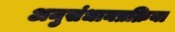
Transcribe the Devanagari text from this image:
अनुसंधानप्रक्रिया